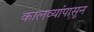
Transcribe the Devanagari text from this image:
कालव्यांपासून